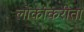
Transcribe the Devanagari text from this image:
लोकांकरीता